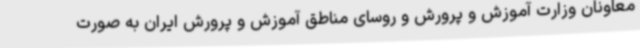
معاونان وزارت آموزش و پرورش و روسای مناطق آموزش و پرورش ایران به صورت